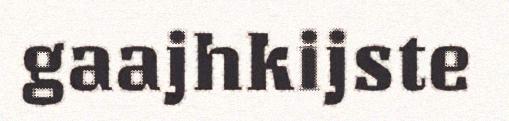
gaajhkijste